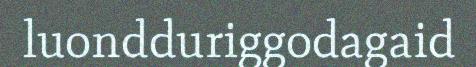
luondduriggodagaid